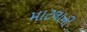
માટલાની